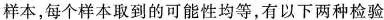
样本，每个样本取到的可能性均等，有以下两种检验